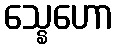
သ္နေဟော